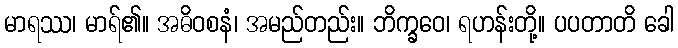
မာရဿ၊ မာရ်၏။ အဓိဝစနံ၊ အမည်တည်း။ ဘိက္ခဝေ၊ ရဟန်းတို့။ ပပတာတိ ခေါ